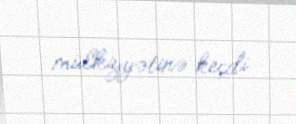
mülkiyyətinə keçdi.